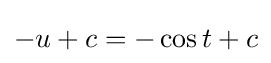
-u+c=-\cos t+c